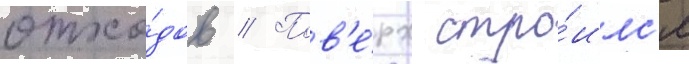
отхо́дов // Пов'е́рх стро́илс'я